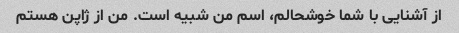
از آشنایی با شما خوشحالم، اسم من شبیه است. من از ژاپن هستم